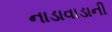
નાડાવાડાની